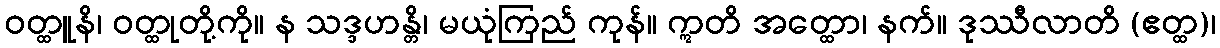
ဝတ္ထူနိ၊ ဝတ္ထုတို့ကို။ န သဒ္ဒဟန္တိ၊ မယုံကြည် ကုန်။ ဣတိ အတ္ထော၊ နက်။ ဒုဿီလာတိ (ဧတ္ထ)၊